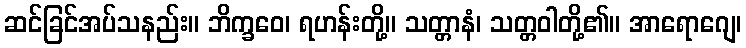
ဆင်ခြင်အပ်သနည်း။ ဘိက္ခဝေ၊ ရဟန်းတို့။ သတ္တာနံ၊ သတ္တဝါတို့၏။ အာရောဂျေ၊